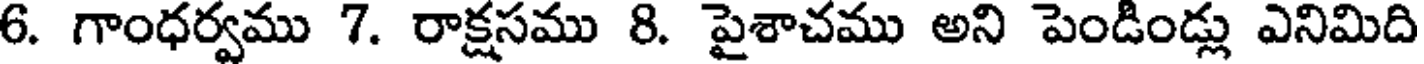
6. గాంధర్వము 7. రాక్షసము 8. పైశాచము అని పెండిండ్లు ఎనిమిది